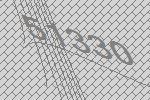
51330